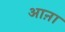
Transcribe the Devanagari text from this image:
आऩा